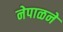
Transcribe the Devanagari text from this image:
नेपाळने